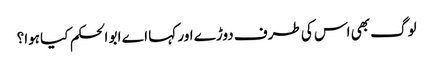
لوگ بھی اس کی طرف دوڑے اور کہا اے ابو الحکم کیا ہوا؟